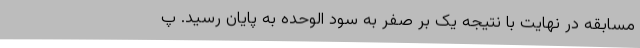
مسابقه در نهایت با نتیجه یک بر صفر به سود الوحده به پایان رسید. پ